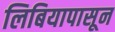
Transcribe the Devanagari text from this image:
लिबियापासून